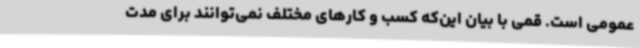
عمومی است. قمی با بیان این‌که کسب و کارهای مختلف نمی‌توانند برای مدت